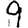
Digit: 9